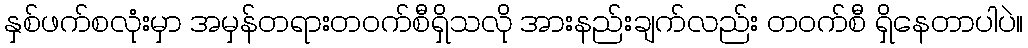
နှစ်ဖက်စလုံးမှာ အမှန်တရားတဝက်စီရှိသလို အားနည်းချက်လည်း တဝက်စီ ရှိနေတာပါပဲ။